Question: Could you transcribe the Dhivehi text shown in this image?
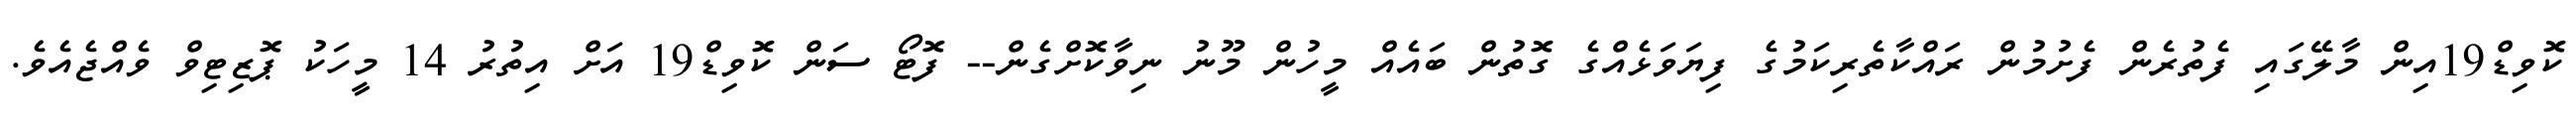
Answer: ކޮވިޑް19އިން މާލޭގައި ފެތުރެން ފެށުމުން ރައްކާތެރިކަމުގެ ފިޔަވަޅެއްގެ ގޮތުން ބައެއް މީހުން މޫނު ނިވާކޮށްގެން-- ފޮޓޯ ސަން ކޮވިޑް19 އަށް އިތުރު 14 މީހަކު ޕޮޒިޓިވް ވެއްޖެއެވެ.